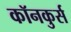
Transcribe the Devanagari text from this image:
कॉनकुर्स